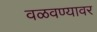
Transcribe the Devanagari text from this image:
वळवण्यावर